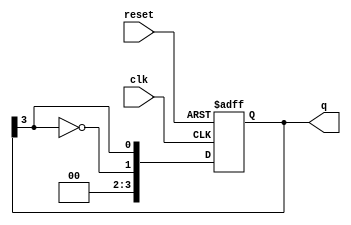
module JohnsonCounter (
    input wire clk,        // Clock signal
    input wire reset,      // Asynchronous reset signal
    output reg [N-1:0] q   // Counter output
);
    parameter N = 4;       // Number of flip-flops

    always @(posedge clk or posedge reset) begin
        if (reset) begin
            q <= {N{1'b0}}; // Reset all bits to 0
        end else begin
            q <= {~q[N-1], q[N-1:N-1]}; // Shift right and feed back inverted last bit
        end
    end
endmodule